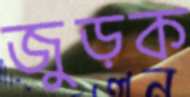
জুড়ক